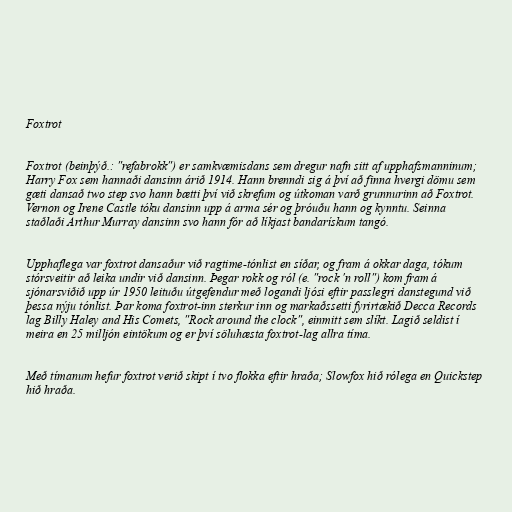
Foxtrot

Foxtrot (beinþýð.: "refabrokk") er samkvæmisdans sem dregur nafn sitt af upphafsmanninum;
Harry Fox sem hannaði dansinn árið 1914. Hann brenndi sig á því að finna hvergi dömu sem
gæti dansað two step svo hann bætti því við skrefum og útkoman varð grunnurinn að Foxtrot.
Vernon og Irene Castle tóku dansinn upp á arma sér og þróuðu hann og kynntu. Seinna
staðlaði Arthur Murray dansinn svo hann fór að líkjast bandarískum tangó.

Upphaflega var foxtrot dansaður við ragtime-tónlist en síðar, og fram á okkar daga, tókum
stórsveitir að leika undir við dansinn. Þegar rokk og ról (e. "rock 'n roll") kom fram á
sjónarsviðið upp úr 1950 leituðu útgefendur með logandi ljósi eftir passlegri danstegund við
þessa nýju tónlist. Þar koma foxtrot-inn sterkur inn og markaðssetti fyrirtækið Decca Records
lag Billy Haley and His Comets, "Rock around the clock", einmitt sem slíkt. Lagið seldist í
meira en 25 milljón eintökum og er því söluhæsta foxtrot-lag allra tíma.

Með tímanum hefur foxtrot verið skipt í tvo flokka eftir hraða; Slowfox hið rólega en Quickstep
hið hraða.